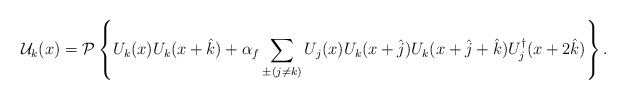
\begin{align*}{\cal U}_k(x) = {\cal P} \left\{ U_k(x) U_k(x+\hat k) + \alpha_f \sum_{\pm(j\neq k)} U_j(x)U_k(x+\hat j) U_k(x+\hat j+\hat k) U^\dagger_j(x+2\hat k) \right\}.\end{align*}